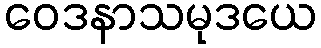
ဝေဒနာသမုဒယေ